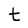
Character: t